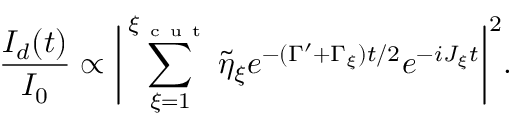
\frac { I _ { d } ( t ) } { I _ { 0 } } \propto \bigg | \sum _ { \xi = 1 } ^ { \xi _ { \mathrm { ~ c ~ u ~ t ~ } } } \tilde { \eta } _ { \xi } e ^ { - ( \Gamma ^ { \prime } + \Gamma _ { \xi } ) t / 2 } e ^ { - i J _ { \xi } t } \bigg | ^ { 2 } .